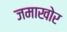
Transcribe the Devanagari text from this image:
जमाखोर